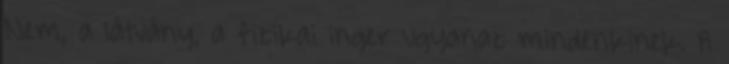
Nem, a látvány, a fizikai inger ugyanaz mindenkinek. A